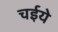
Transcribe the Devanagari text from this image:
चईये